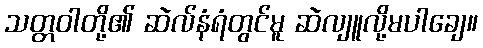
သတ္တဝါတို့၏ ဆဲလ်နံရံတွင်မူ ဆဲလျူလို့မပါချေ။